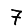
Digit: 7